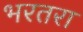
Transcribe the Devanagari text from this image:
भरतरा